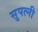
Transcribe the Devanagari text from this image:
सुपत्नी